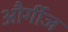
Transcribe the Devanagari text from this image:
और्गीज